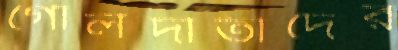
গোলদাতাদের